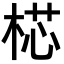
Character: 𣔀